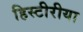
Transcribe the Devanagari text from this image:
हिस्टीरीया